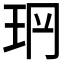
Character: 𤤡